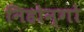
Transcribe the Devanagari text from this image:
निहोन्गो